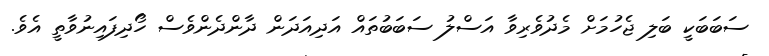
ސަބަބަކީ ބަލި ޖެހުމަށް މެދުވެރިވާ އަސްލު ސަބަބުތައް އަދިއަދަން ދާންދެންވެސް ހޯދިފައިނުވާތީ އެވެ.